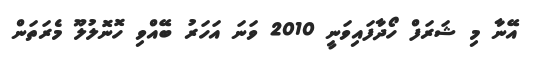
އޭނާ މި ޝަރަފް ހޯދާފައިވަނީ 2010 ވަނަ އަހަރު ބޭއްވި ހޮނޮލުލޫ މެރަތަން